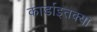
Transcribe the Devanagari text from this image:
कार्डाइतक्या